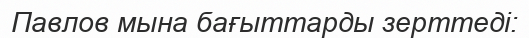
Павлов мына бағыттарды зерттеді: